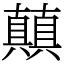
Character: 㒹